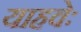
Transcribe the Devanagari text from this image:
याहवेः